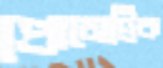
প্রোমেট্রিক